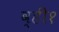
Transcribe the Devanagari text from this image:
व्ही१